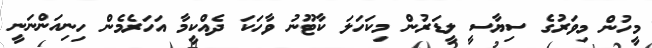
މީހުން މިވަރުގެ ސިޔާސީ ލީޑަރުން މިކަހަލަ ކާޓޫނު ވާހަކަ ދެއްކީމާ އަހަރެމެން ހިނިއަންނަނީ